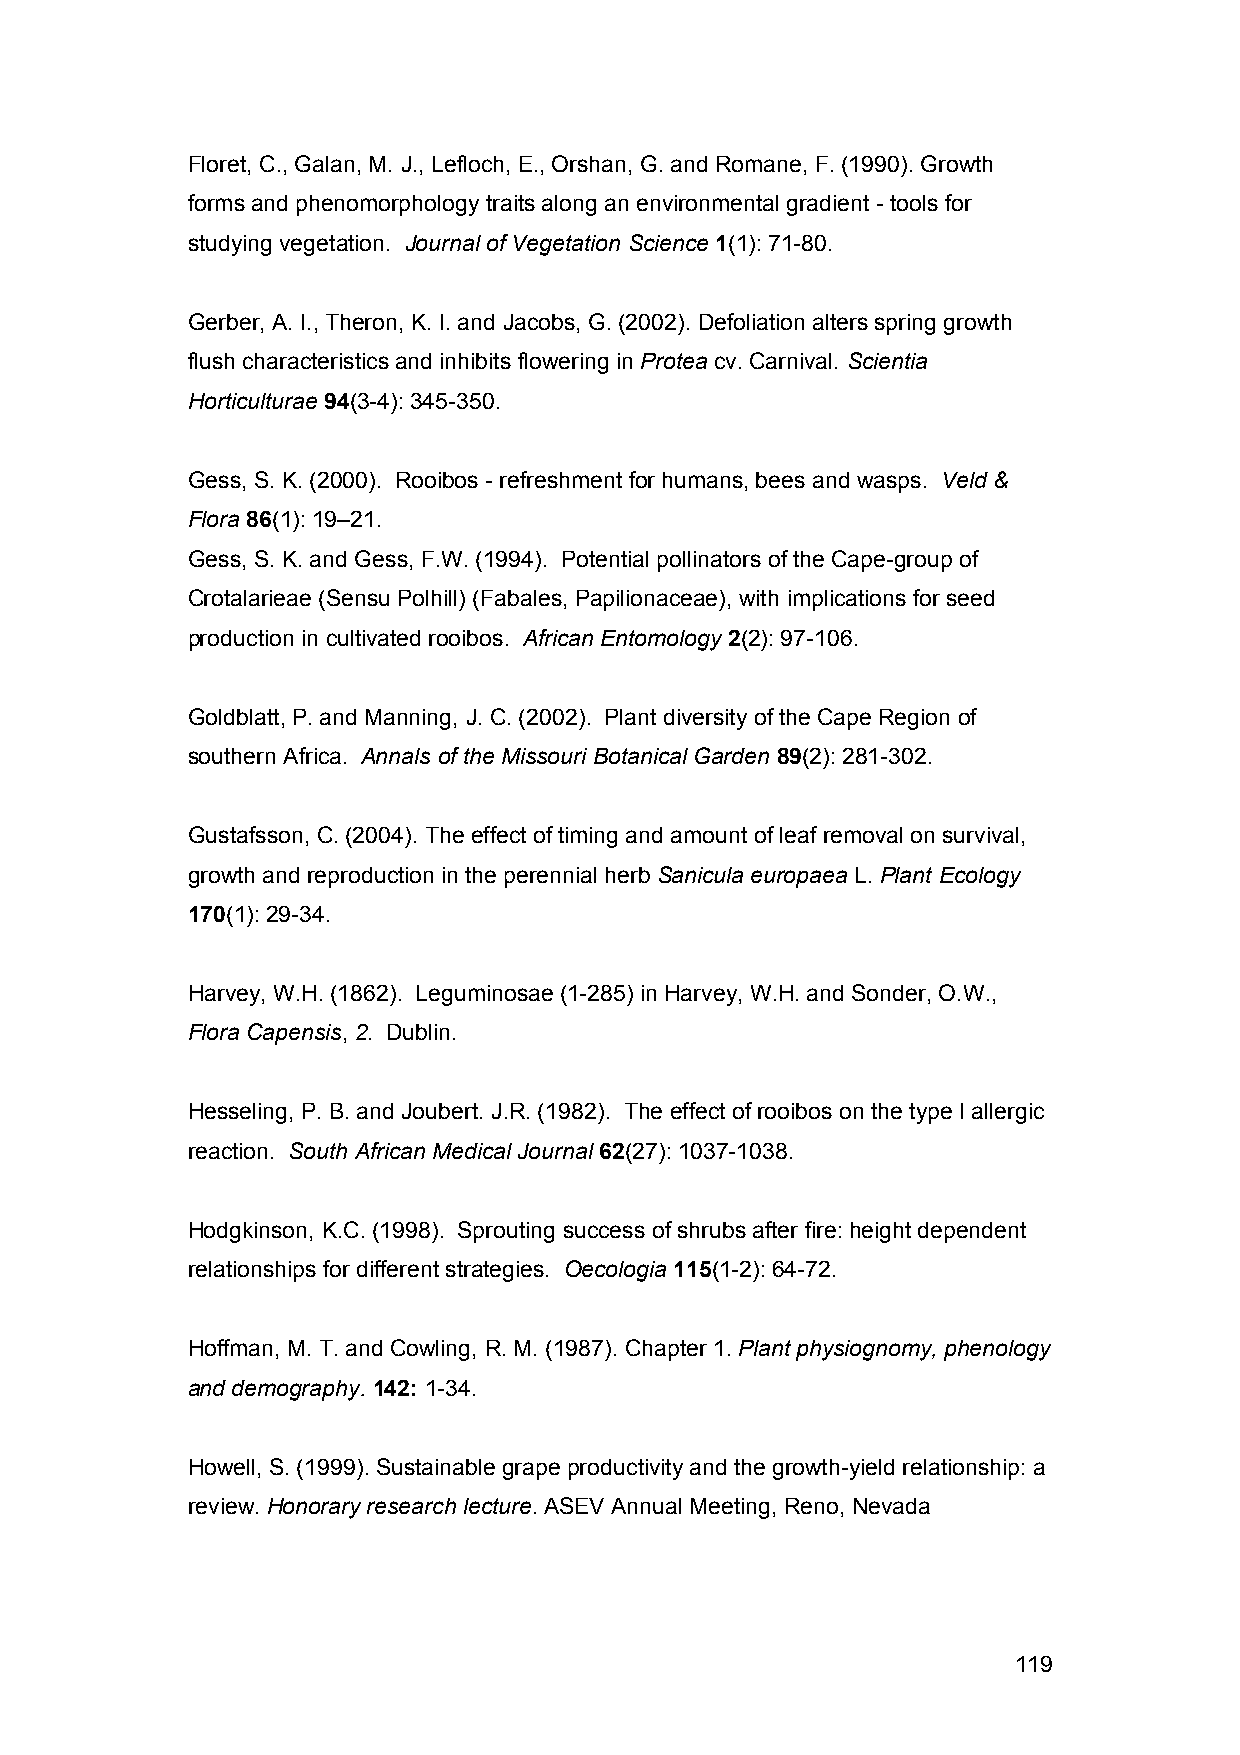
Floret, C., Galan, M. J., Lefloch, E., Orshan, G. and Romane, F. (1990). Growth
 forms and phenomorphology traits along an environmental gradient - tools for
 studying vegetation. Journal of Vegetation Science 1(1): 71-80.
 Gerber, A. I., Theron, K. I. and Jacobs, G. (2002). Defoliation alters spring growth
 flush characteristics and inhibits flowering in Protea cv. Carnival. Scientia
 Horticulturae 94(3-4): 345-350.
 Gess, S. K. (2000). Rooibos - refreshment for humans, bees and wasps. Veld &
 Flora 86(1): 19–21.
 Gess, S. K. and Gess, F.W. (1994). Potential pollinators of the Cape-group of
 Crotalarieae (Sensu Polhill) (Fabales, Papilionaceae), with implications for seed
 production in cultivated rooibos. African Entomology 2(2): 97-106.
 Goldblatt, P. and Manning, J. C. (2002). Plant diversity of the Cape Region of
 southern Africa. Annals of the Missouri Botanical Garden 89(2): 281-302.
 Gustafsson, C. (2004). The effect of timing and amount of leaf removal on survival,
 growth and reproduction in the perennial herb Sanicula europaea L. Plant Ecology
 170(1): 29-34.
 Harvey, W.H. (1862). Leguminosae (1-285) in Harvey, W.H. and Sonder, O.W.,
 Flora Capensis, 2. Dublin.
 Hesseling, P. B. and Joubert. J.R. (1982). The effect of rooibos on the type I allergic
 reaction. South African Medical Journal 62(27): 1037-1038.
 Hodgkinson, K.C. (1998). Sprouting success of shrubs after fire: height dependent
 relationships for different strategies. Oecologia 115(1-2): 64-72.
 Hoffman, M. T. and Cowling, R. M. (1987). Chapter 1. Plant physiognomy, phenology
 and demography. 142: 1-34.
 Howell, S. (1999). Sustainable grape productivity and the growth-yield relationship: a
 review. Honorary research lecture. ASEV Annual Meeting, Reno, Nevada
 119